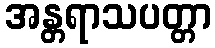
အန္တရာသပတ္တာ